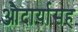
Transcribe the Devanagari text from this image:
औदार्यासह